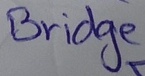
Text: Bridge